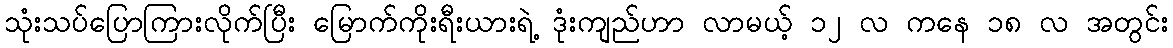
သုံးသပ်ပြောကြားလိုက်ပြီး မြောက်ကိုးရီးယားရဲ့ ဒုံးကျည်ဟာ လာမယ့် ၁၂ လ ကနေ ၁၈ လ အတွင်း